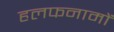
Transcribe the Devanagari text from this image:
हलफनामों